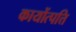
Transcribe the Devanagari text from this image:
कायोंत्पत्ति